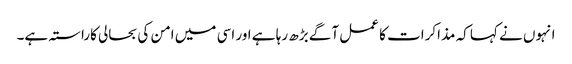
انہوں نے کہا کہ مذاکرات کا عمل آگے بڑھ رہا ہے اور اسی میں امن کی بحالی کاراستہ ہے۔